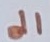
Text: d1